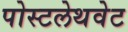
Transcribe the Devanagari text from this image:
पोस्टलेथवेट